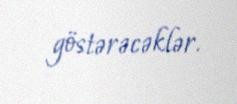
göstərəcəklər.